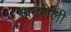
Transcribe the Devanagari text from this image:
लढलेली